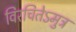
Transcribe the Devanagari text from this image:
विरचितेऽमुत्र